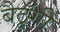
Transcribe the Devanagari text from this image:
बैठॅूगी